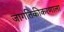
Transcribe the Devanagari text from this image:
जागतिकीकरणाला